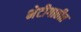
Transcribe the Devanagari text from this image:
भेटीगाठीत